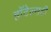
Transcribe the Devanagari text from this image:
हॉटेल्सही